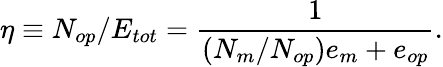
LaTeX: \eta\equiv N_{op}/E_{tot}=\frac{1}{(N_{m}/N_{op})e_{m}+e_{op}}.